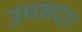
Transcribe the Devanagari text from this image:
उमसदार